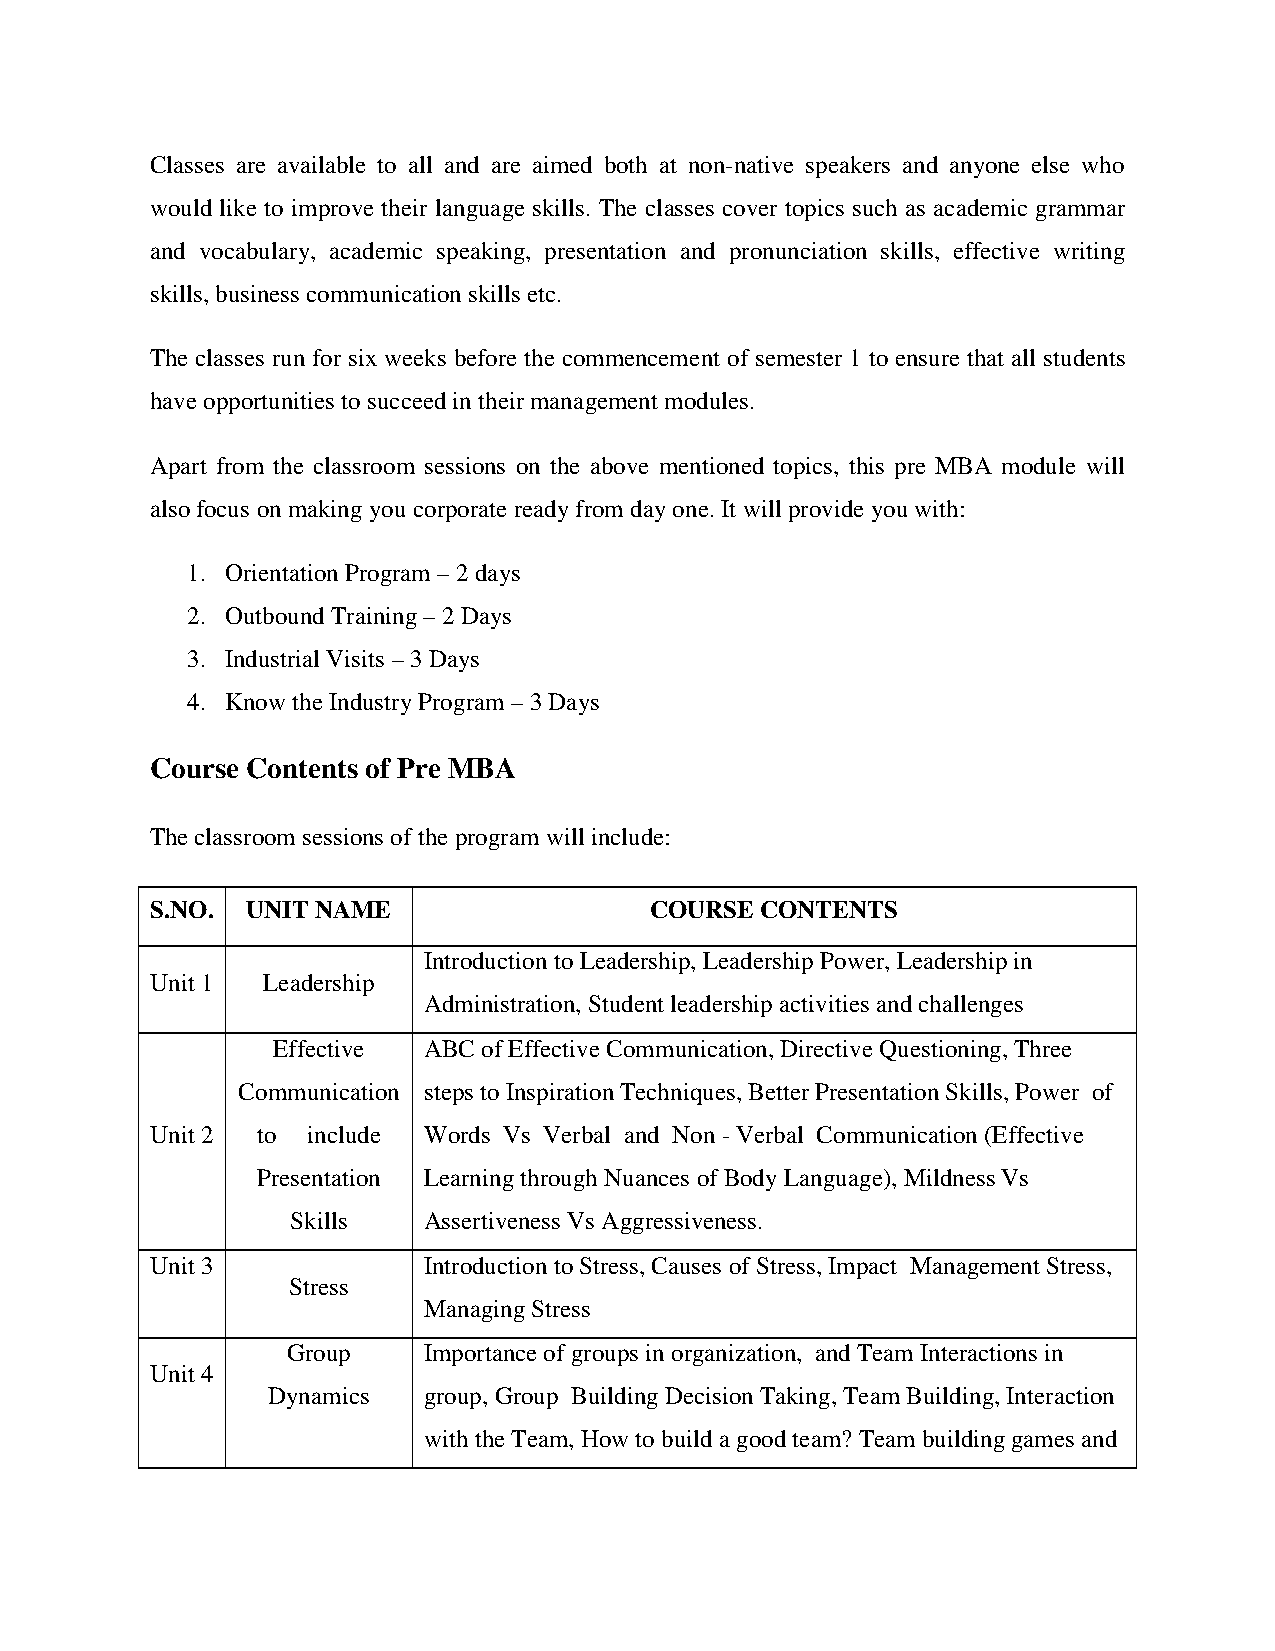
Classes are available to all and are aimed both at non-native speakers and anyone else who
 would like to improve their language skills. The classes cover topics such as academic grammar
 and vocabulary, academic speaking, presentation and pronunciation skills, effective writing
 skills, business communication skills etc.
 The classes run for six weeks before the commencement of semester 1 to ensure that all students
 have opportunities to succeed in their management modules.
 Apart from the classroom sessions on the above mentioned topics, this pre MBA module will
 also focus on making you corporate ready from day one. It will provide you with:
 1. Orientation Program – 2 days
 2. Outbound Training – 2 Days
 3. Industrial Visits – 3 Days
 4. Know the Industry Program – 3 Days
 Course Contents of Pre MBA
 The classroom sessions of the program will include:
 S.NO. UNIT NAME                  COURSE CONTENTS
 Introduction to Leadership, Leadership Power, Leadership in
 Unit 1 Leadership
 Administration, Student leadership activities and challenges
 Effective ABC of Effective Communication, Directive Questioning, Three
 Communication steps to Inspiration Techniques, Better Presentation Skills, Power of
 Unit 2 to include Words Vs Verbal and Non - Verbal Communication (Effective
 Presentation Learning through Nuances of Body Language), Mildness Vs
 Skills   Assertiveness Vs Aggressiveness.
 Unit 3            Introduction to Stress, Causes of Stress, Impact Management Stress,
 Stress
 Managing Stress
 Group    Importance of groups in organization, and Team Interactions in
 Unit 4
 Dynamics  group, Group Building Decision Taking, Team Building, Interaction
 with the Team, How to build a good team? Team building games and